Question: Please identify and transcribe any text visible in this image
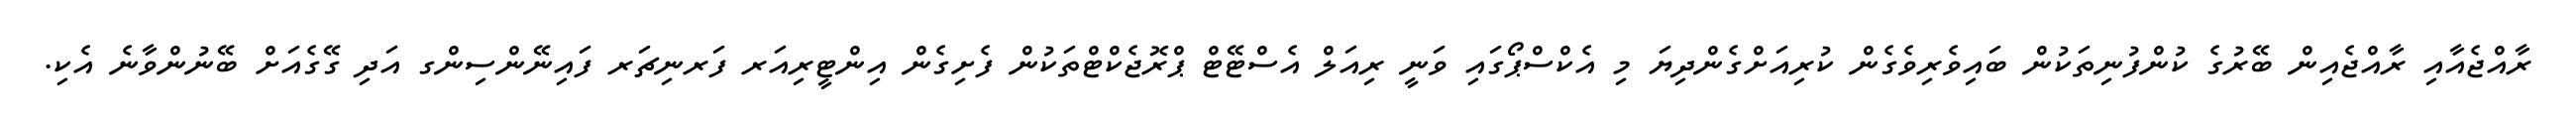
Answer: ރާއްޖެއާއި ރާއްޖެއިން ބޭރުގެ ކުންފުނިތަކުން ބައިވެރިވެގެން ކުރިއަށްގެންދިޔަ މި އެކްސްޕޯގައި ވަނީ ރިއަލް އެސްޓޭޓް ޕްރޮޖެކްޓްތަކުން ފެށިގެން އިންޓީރިއަރ ފަރނިޗަރ ފައިނޭންސިންގ އަދި ގޭގެއަށް ބޭނުންވާނެ އެކި.